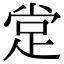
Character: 䟫